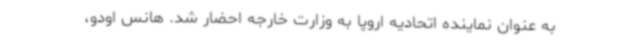
به عنوان نماینده اتحادیه اروپا به وزارت خارجه احضار شد. هانس اودو،